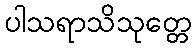
ပါသရာသိသုတ္တေ